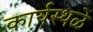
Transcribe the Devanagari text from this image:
कार्यस्थळे